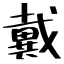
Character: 戴